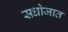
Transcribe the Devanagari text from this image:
सधोजात